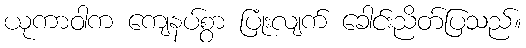
ယုကာဝါက ကျေနပ်စွာ ပြုံးလျက် ခေါင်းညိတ်ပြသည်။